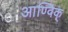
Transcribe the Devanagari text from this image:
आण्विक्